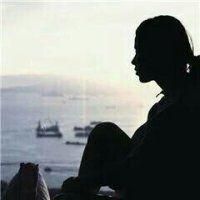
浮天沧海远，去世法舟轻。